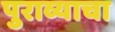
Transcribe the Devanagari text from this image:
पुराव्याचा